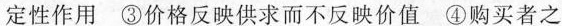
定性作用 ③价格反映供求而不反映价值 ④购买者之